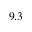
9 . 3